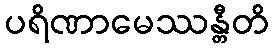
ပရိဏာမေဿန္တီတိ